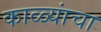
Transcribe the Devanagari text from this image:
काळ्यांचा